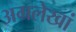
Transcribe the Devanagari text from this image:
अग्रलेखां